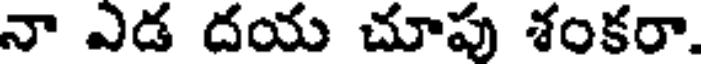
నా ఎడ దయ చూపు శంకరా.